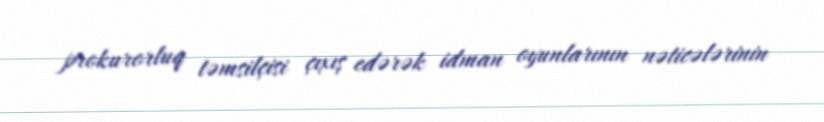
prokurorluq təmsilçisi çıxış edərək idman oyunlarının nəticələrinin